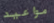
مواعيد